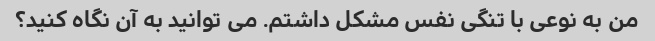
من به نوعی با تنگی نفس مشکل داشتم. می توانید به آن نگاه کنید؟